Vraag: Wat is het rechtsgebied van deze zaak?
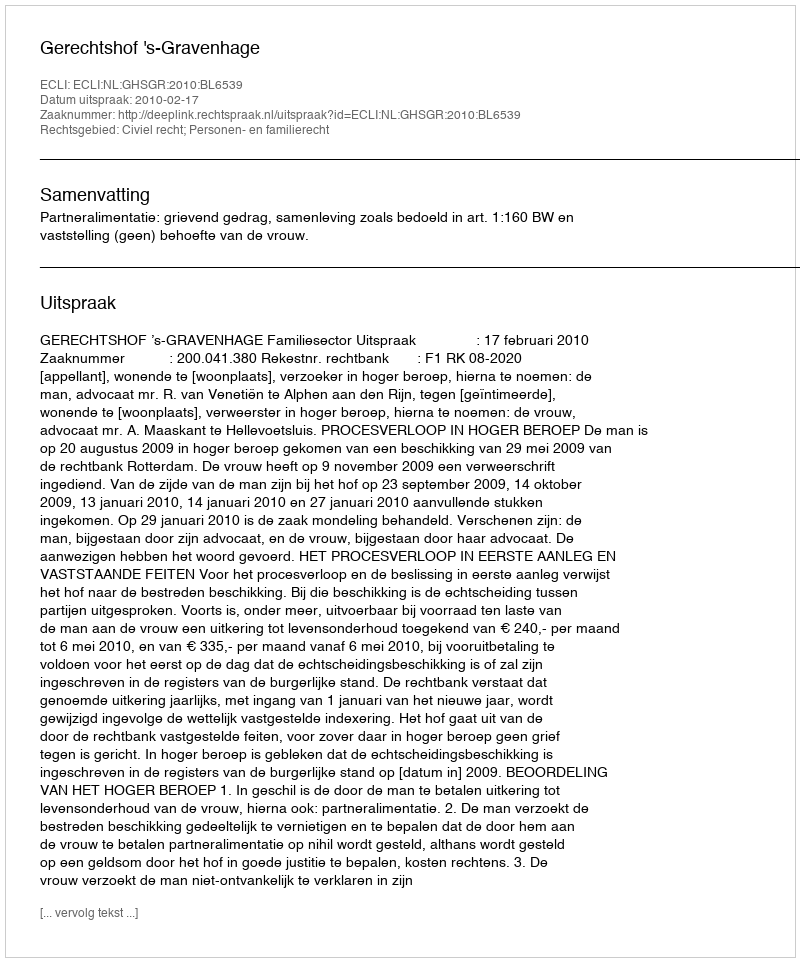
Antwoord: Civiel recht; Personen- en familierecht